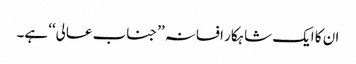
ان کا ایک شاہکار افسانہ ’’جناب عالی‘‘ ہے۔